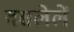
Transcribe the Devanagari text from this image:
वसलेलें